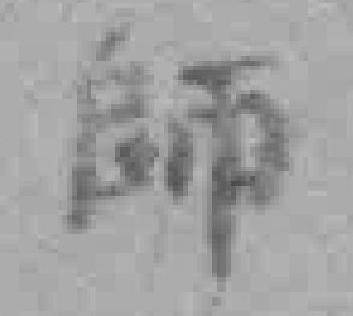
師